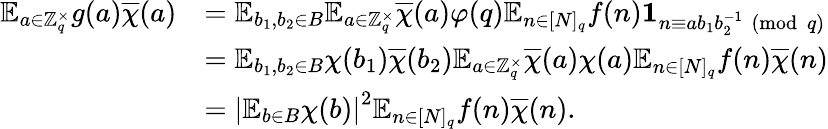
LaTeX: \begin{array}{rl}{\mathbb{E}_{a\in\mathbb{Z}_{q}^{\times}}g(a)\overline{{\chi}}(a)}&{=\mathbb{E}_{b_{1},b_{2}\in B}\mathbb{E}_{a\in\mathbb{Z}_{q}^{\times}}\overline{{\chi}}(a)\varphi(q)\mathbb{E}_{n\in[N]_{q}}f(n)\mathbf{1}_{n\equiv ab_{1}b_{2}^{-1}\pmod{q}}}\\ &{=\mathbb{E}_{b_{1},b_{2}\in B}\chi(b_{1})\overline{{\chi}}(b_{2})\mathbb{E}_{a\in\mathbb{Z}_{q}^{\times}}\overline{{\chi}}(a)\chi(a)\mathbb{E}_{n\in[N]_{q}}f(n)\overline{{\chi}}(n)}\\ &{=\left|\mathbb{E}_{b\in B}\chi(b)\right|^{2}\mathbb{E}_{n\in[N]_{q}}f(n)\overline{{\chi}}(n).}\end{array}